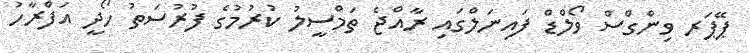
ޕޭޕަރ ވިންގްސް ވޯލްޑް ފައިނަލްގައި ރާއްޖެ ތަމްސީލު ކުރުމުގެ ފުރުސަތު ހޯދީ އަފްރާހު